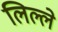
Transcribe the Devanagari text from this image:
लिल्ले